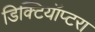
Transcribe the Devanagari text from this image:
डिक्टियॉप्टरा